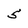
Character: 5